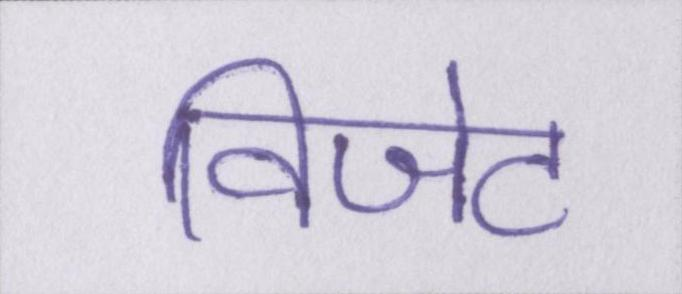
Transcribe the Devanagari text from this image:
विजेट